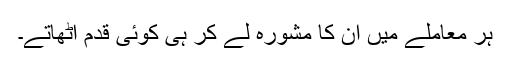
ہر معاملے میں ان کا مشورہ لے کر ہی کوئی قدم اُٹھاتے۔